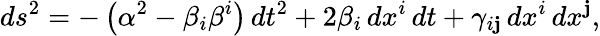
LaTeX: ds^{2}=-\left(\alpha^{2}-\beta_{i}\beta^{i}\right)\, dt^{2}+2\beta_{i}\, dx^{i}\, dt+\gamma_{i\mathbf{j}}\, dx^{i}\, dx^{\mathbf{j}},